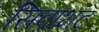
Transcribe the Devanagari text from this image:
सिवाभट